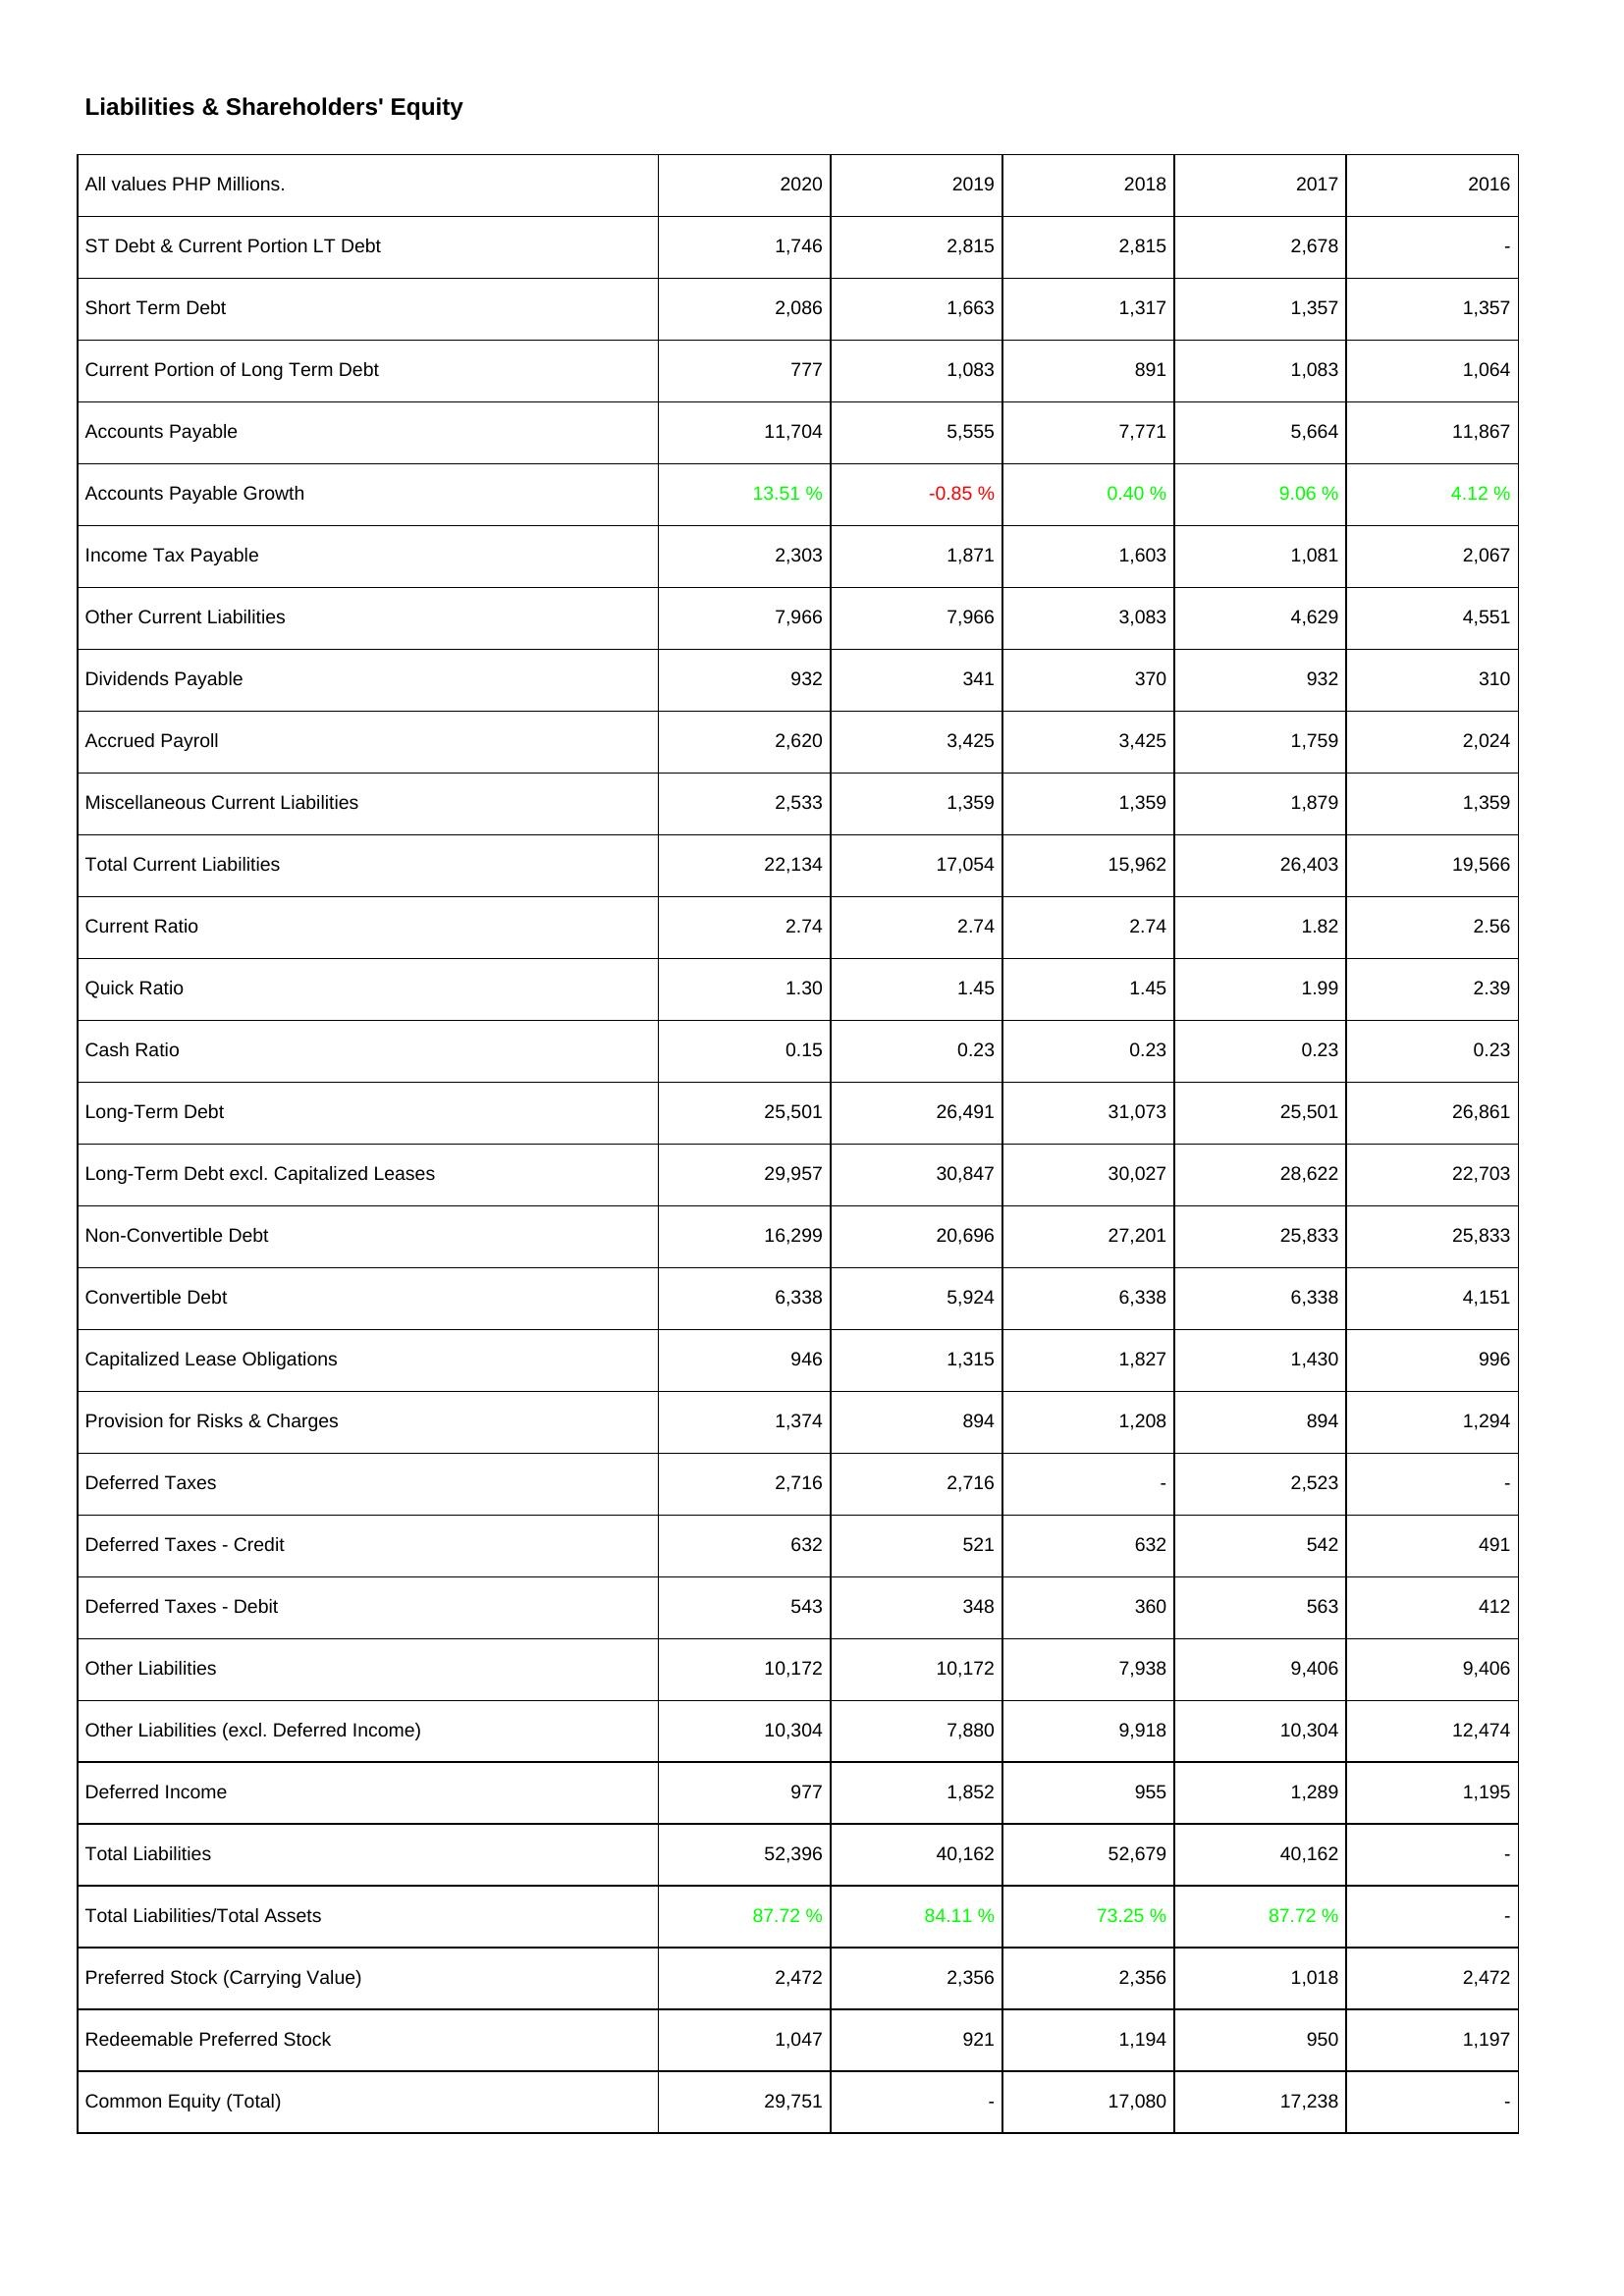
2020: Liabilities & Shareholders' Equity: ST Debt & Current Portion LT Debt: 1,746
Short Term Debt: 2,086
Current Portion of Long Term Debt: 777
Accounts Payable: 11,704
Accounts Payable Growth: 13.51 %
Income Tax Payable: 2,303
Other Current Liabilities: 7,966
Dividends Payable: 932
Accrued Payroll: 2,620
Miscellaneous Current Liabilities: 2,533
Total Current Liabilities: 22,134
Current Ratio: 2.74
Quick Ratio: 1.30
Cash Ratio: 0.15
Long-Term Debt: 25,501
Long-Term Debt excl. Capitalized Leases: 29,957
Non-Convertible Debt: 16,299
Convertible Debt: 6,338
Capitalized Lease Obligations: 946
Provision for Risks & Charges: 1,374
Deferred Taxes: 2,716
Deferred Taxes - Credit: 632
Deferred Taxes - Debit: 543
Other Liabilities: 10,172
Other Liabilities (excl. Deferred Income): 10,304
Deferred Income: 977
Total Liabilities: 52,396
Total Liabilities/Total Assets: 87.72 %
Preferred Stock (Carrying Value): 2,472
Redeemable Preferred Stock: 1,047
Common Equity (Total): 29,751
2019: Liabilities & Shareholders' Equity: ST Debt & Current Portion LT Debt: 2,815
Short Term Debt: 1,663
Current Portion of Long Term Debt: 1,083
Accounts Payable: 5,555
Accounts Payable Growth: -0.85 %
Income Tax Payable: 1,871
Other Current Liabilities: 7,966
Dividends Payable: 341
Accrued Payroll: 3,425
Miscellaneous Current Liabilities: 1,359
Total Current Liabilities: 17,054
Current Ratio: 2.74
Quick Ratio: 1.45
Cash Ratio: 0.23
Long-Term Debt: 26,491
Long-Term Debt excl. Capitalized Leases: 30,847
Non-Convertible Debt: 20,696
Convertible Debt: 5,924
Capitalized Lease Obligations: 1,315
Provision for Risks & Charges: 894
Deferred Taxes: 2,716
Deferred Taxes - Credit: 521
Deferred Taxes - Debit: 348
Other Liabilities: 10,172
Other Liabilities (excl. Deferred Income): 7,880
Deferred Income: 1,852
Total Liabilities: 40,162
Total Liabilities/Total Assets: 84.11 %
Preferred Stock (Carrying Value): 2,356
Redeemable Preferred Stock: 921
Common Equity (Total): -
2018: Liabilities & Shareholders' Equity: ST Debt & Current Portion LT Debt: 2,815
Short Term Debt: 1,317
Current Portion of Long Term Debt: 891
Accounts Payable: 7,771
Accounts Payable Growth: 0.40 %
Income Tax Payable: 1,603
Other Current Liabilities: 3,083
Dividends Payable: 370
Accrued Payroll: 3,425
Miscellaneous Current Liabilities: 1,359
Total Current Liabilities: 15,962
Current Ratio: 2.74
Quick Ratio: 1.45
Cash Ratio: 0.23
Long-Term Debt: 31,073
Long-Term Debt excl. Capitalized Leases: 30,027
Non-Convertible Debt: 27,201
Convertible Debt: 6,338
Capitalized Lease Obligations: 1,827
Provision for Risks & Charges: 1,208
Deferred Taxes: -
Deferred Taxes - Credit: 632
Deferred Taxes - Debit: 360
Other Liabilities: 7,938
Other Liabilities (excl. Deferred Income): 9,918
Deferred Income: 955
Total Liabilities: 52,679
Total Liabilities/Total Assets: 73.25 %
Preferred Stock (Carrying Value): 2,356
Redeemable Preferred Stock: 1,194
Common Equity (Total): 17,080
2017: Liabilities & Shareholders' Equity: ST Debt & Current Portion LT Debt: 2,678
Short Term Debt: 1,357
Current Portion of Long Term Debt: 1,083
Accounts Payable: 5,664
Accounts Payable Growth: 9.06 %
Income Tax Payable: 1,081
Other Current Liabilities: 4,629
Dividends Payable: 932
Accrued Payroll: 1,759
Miscellaneous Current Liabilities: 1,879
Total Current Liabilities: 26,403
Current Ratio: 1.82
Quick Ratio: 1.99
Cash Ratio: 0.23
Long-Term Debt: 25,501
Long-Term Debt excl. Capitalized Leases: 28,622
Non-Convertible Debt: 25,833
Convertible Debt: 6,338
Capitalized Lease Obligations: 1,430
Provision for Risks & Charges: 894
Deferred Taxes: 2,523
Deferred Taxes - Credit: 542
Deferred Taxes - Debit: 563
Other Liabilities: 9,406
Other Liabilities (excl. Deferred Income): 10,304
Deferred Income: 1,289
Total Liabilities: 40,162
Total Liabilities/Total Assets: 87.72 %
Preferred Stock (Carrying Value): 1,018
Redeemable Preferred Stock: 950
Common Equity (Total): 17,238
2016: Liabilities & Shareholders' Equity: ST Debt & Current Portion LT Debt: -
Short Term Debt: 1,357
Current Portion of Long Term Debt: 1,064
Accounts Payable: 11,867
Accounts Payable Growth: 4.12 %
Income Tax Payable: 2,067
Other Current Liabilities: 4,551
Dividends Payable: 310
Accrued Payroll: 2,024
Miscellaneous Current Liabilities: 1,359
Total Current Liabilities: 19,566
Current Ratio: 2.56
Quick Ratio: 2.39
Cash Ratio: 0.23
Long-Term Debt: 26,861
Long-Term Debt excl. Capitalized Leases: 22,703
Non-Convertible Debt: 25,833
Convertible Debt: 4,151
Capitalized Lease Obligations: 996
Provision for Risks & Charges: 1,294
Deferred Taxes: -
Deferred Taxes - Credit: 491
Deferred Taxes - Debit: 412
Other Liabilities: 9,406
Other Liabilities (excl. Deferred Income): 12,474
Deferred Income: 1,195
Total Liabilities: -
Total Liabilities/Total Assets: -
Preferred Stock (Carrying Value): 2,472
Redeemable Preferred Stock: 1,197
Common Equity (Total): -